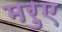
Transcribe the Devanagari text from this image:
मरुए